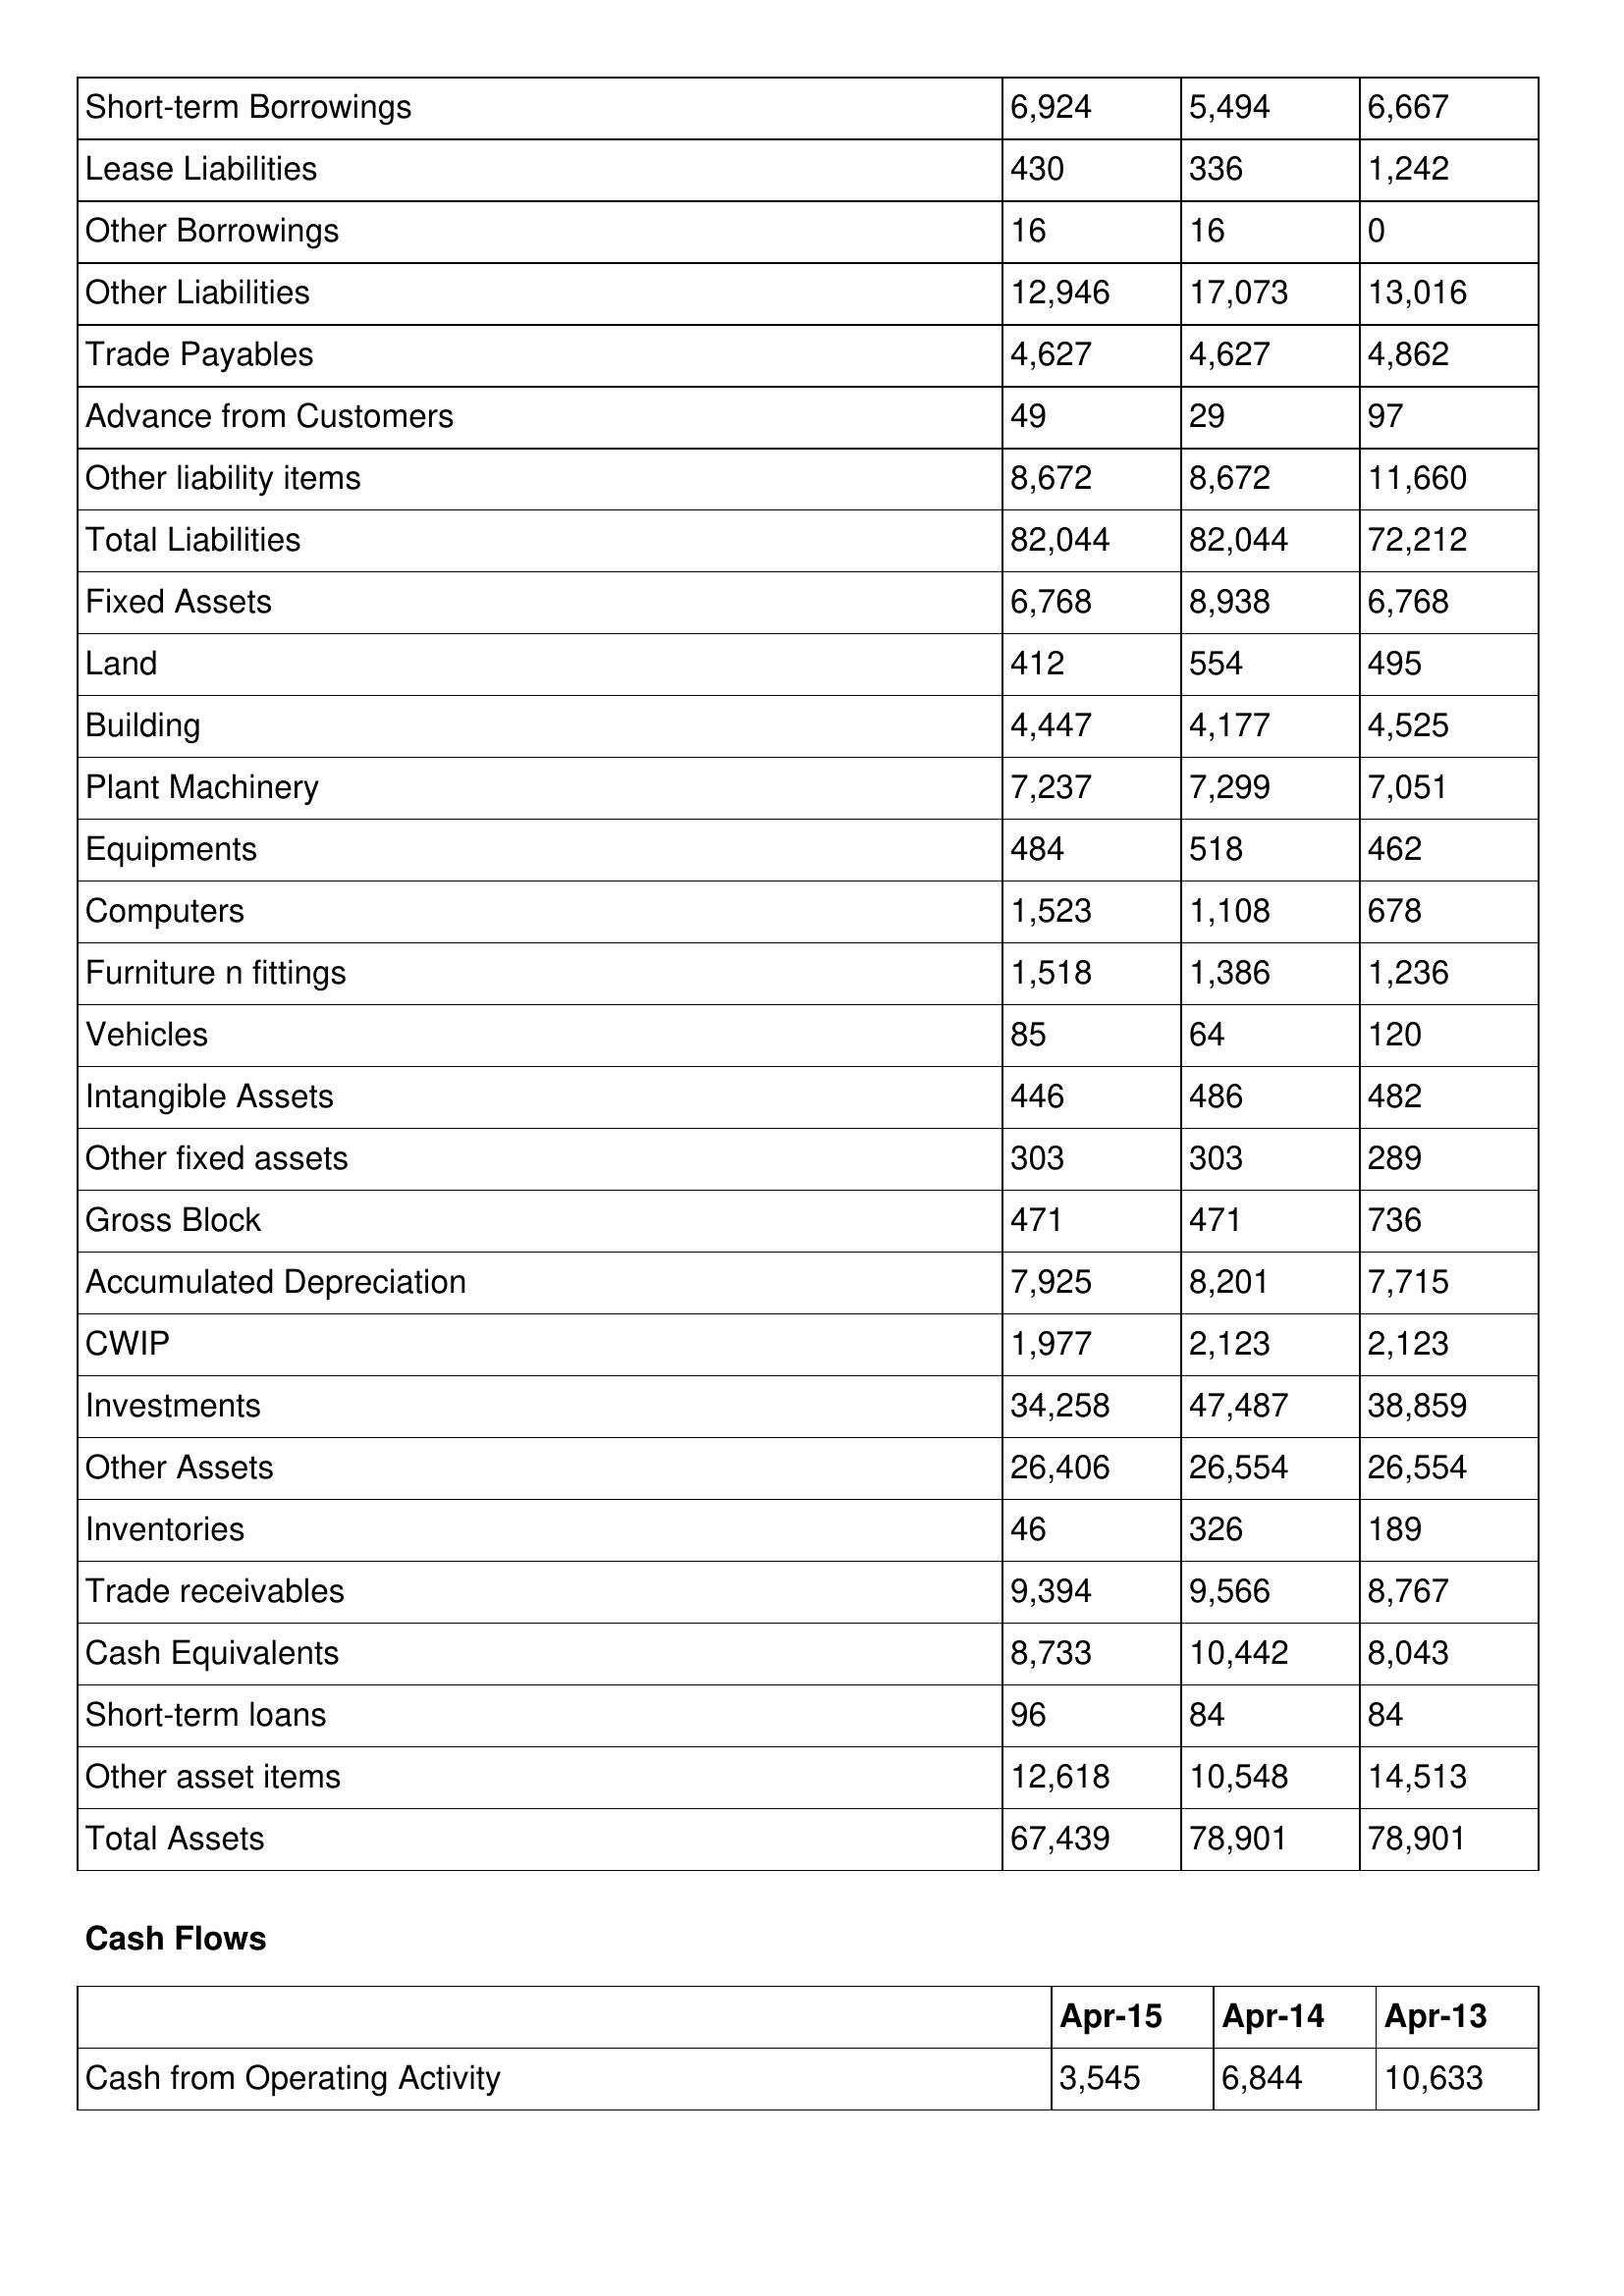
gt_parse: Apr-15: Balance Sheet: Short-term Borrowings: 6,924
Lease Liabilities: 430
Other Borrowings: 16
Other Liabilities: 12,946
Trade Payables: 4,627
Advance from Customers: 49
Other liability items: 8,672
Total Liabilities: 82,044
Fixed Assets: 6,768
Land: 412
Building: 4,447
Plant Machinery: 7,237
Equipments: 484
Computers: 1,523
Furniture n fittings: 1,518
Vehicles: 85
Intangible Assets: 446
Other fixed assets: 303
Gross Block: 471
Accumulated Depreciation: 7,925
CWIP: 1,977
Investments: 34,258
Other Assets: 26,406
Inventories: 46
Trade receivables: 9,394
Cash Equivalents: 8,733
Short-term loans: 96
Other asset items: 12,618
Total Assets: 67,439
Cash Flows: Cash from Operating Activity: 3,545
Apr-14: Balance Sheet: Short-term Borrowings: 5,494
Lease Liabilities: 336
Other Borrowings: 16
Other Liabilities: 17,073
Trade Payables: 4,627
Advance from Customers: 29
Other liability items: 8,672
Total Liabilities: 82,044
Fixed Assets: 8,938
Land: 554
Building: 4,177
Plant Machinery: 7,299
Equipments: 518
Computers: 1,108
Furniture n fittings: 1,386
Vehicles: 64
Intangible Assets: 486
Other fixed assets: 303
Gross Block: 471
Accumulated Depreciation: 8,201
CWIP: 2,123
Investments: 47,487
Other Assets: 26,554
Inventories: 326
Trade receivables: 9,566
Cash Equivalents: 10,442
Short-term loans: 84
Other asset items: 10,548
Total Assets: 78,901
Cash Flows: Cash from Operating Activity: 6,844
Apr-13: Balance Sheet: Short-term Borrowings: 6,667
Lease Liabilities: 1,242
Other Borrowings: 0
Other Liabilities: 13,016
Trade Payables: 4,862
Advance from Customers: 97
Other liability items: 11,660
Total Liabilities: 72,212
Fixed Assets: 6,768
Land: 495
Building: 4,525
Plant Machinery: 7,051
Equipments: 462
Computers: 678
Furniture n fittings: 1,236
Vehicles: 120
Intangible Assets: 482
Other fixed assets: 289
Gross Block: 736
Accumulated Depreciation: 7,715
CWIP: 2,123
Investments: 38,859
Other Assets: 26,554
Inventories: 189
Trade receivables: 8,767
Cash Equivalents: 8,043
Short-term loans: 84
Other asset items: 14,513
Total Assets: 78,901
Cash Flows: Cash from Operating Activity: 10,633